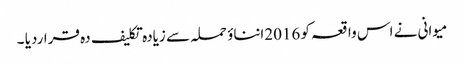
میوانی نے اس واقعہ کو 2016انناؤ حملہ سے زیادہ تکلیف دہ قراردیا ۔